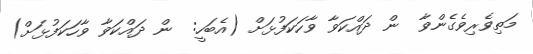
މަތިވެރިވެގެންވާ  ން ދައްކަވާ ވާހަކަފުޅަށް (އެބަހީ:  ން ދައްކަވާ ވާހަކަފުޅަށް)